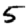
Digit: 5